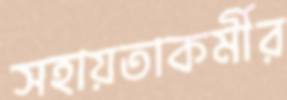
সহায়তাকর্মীর